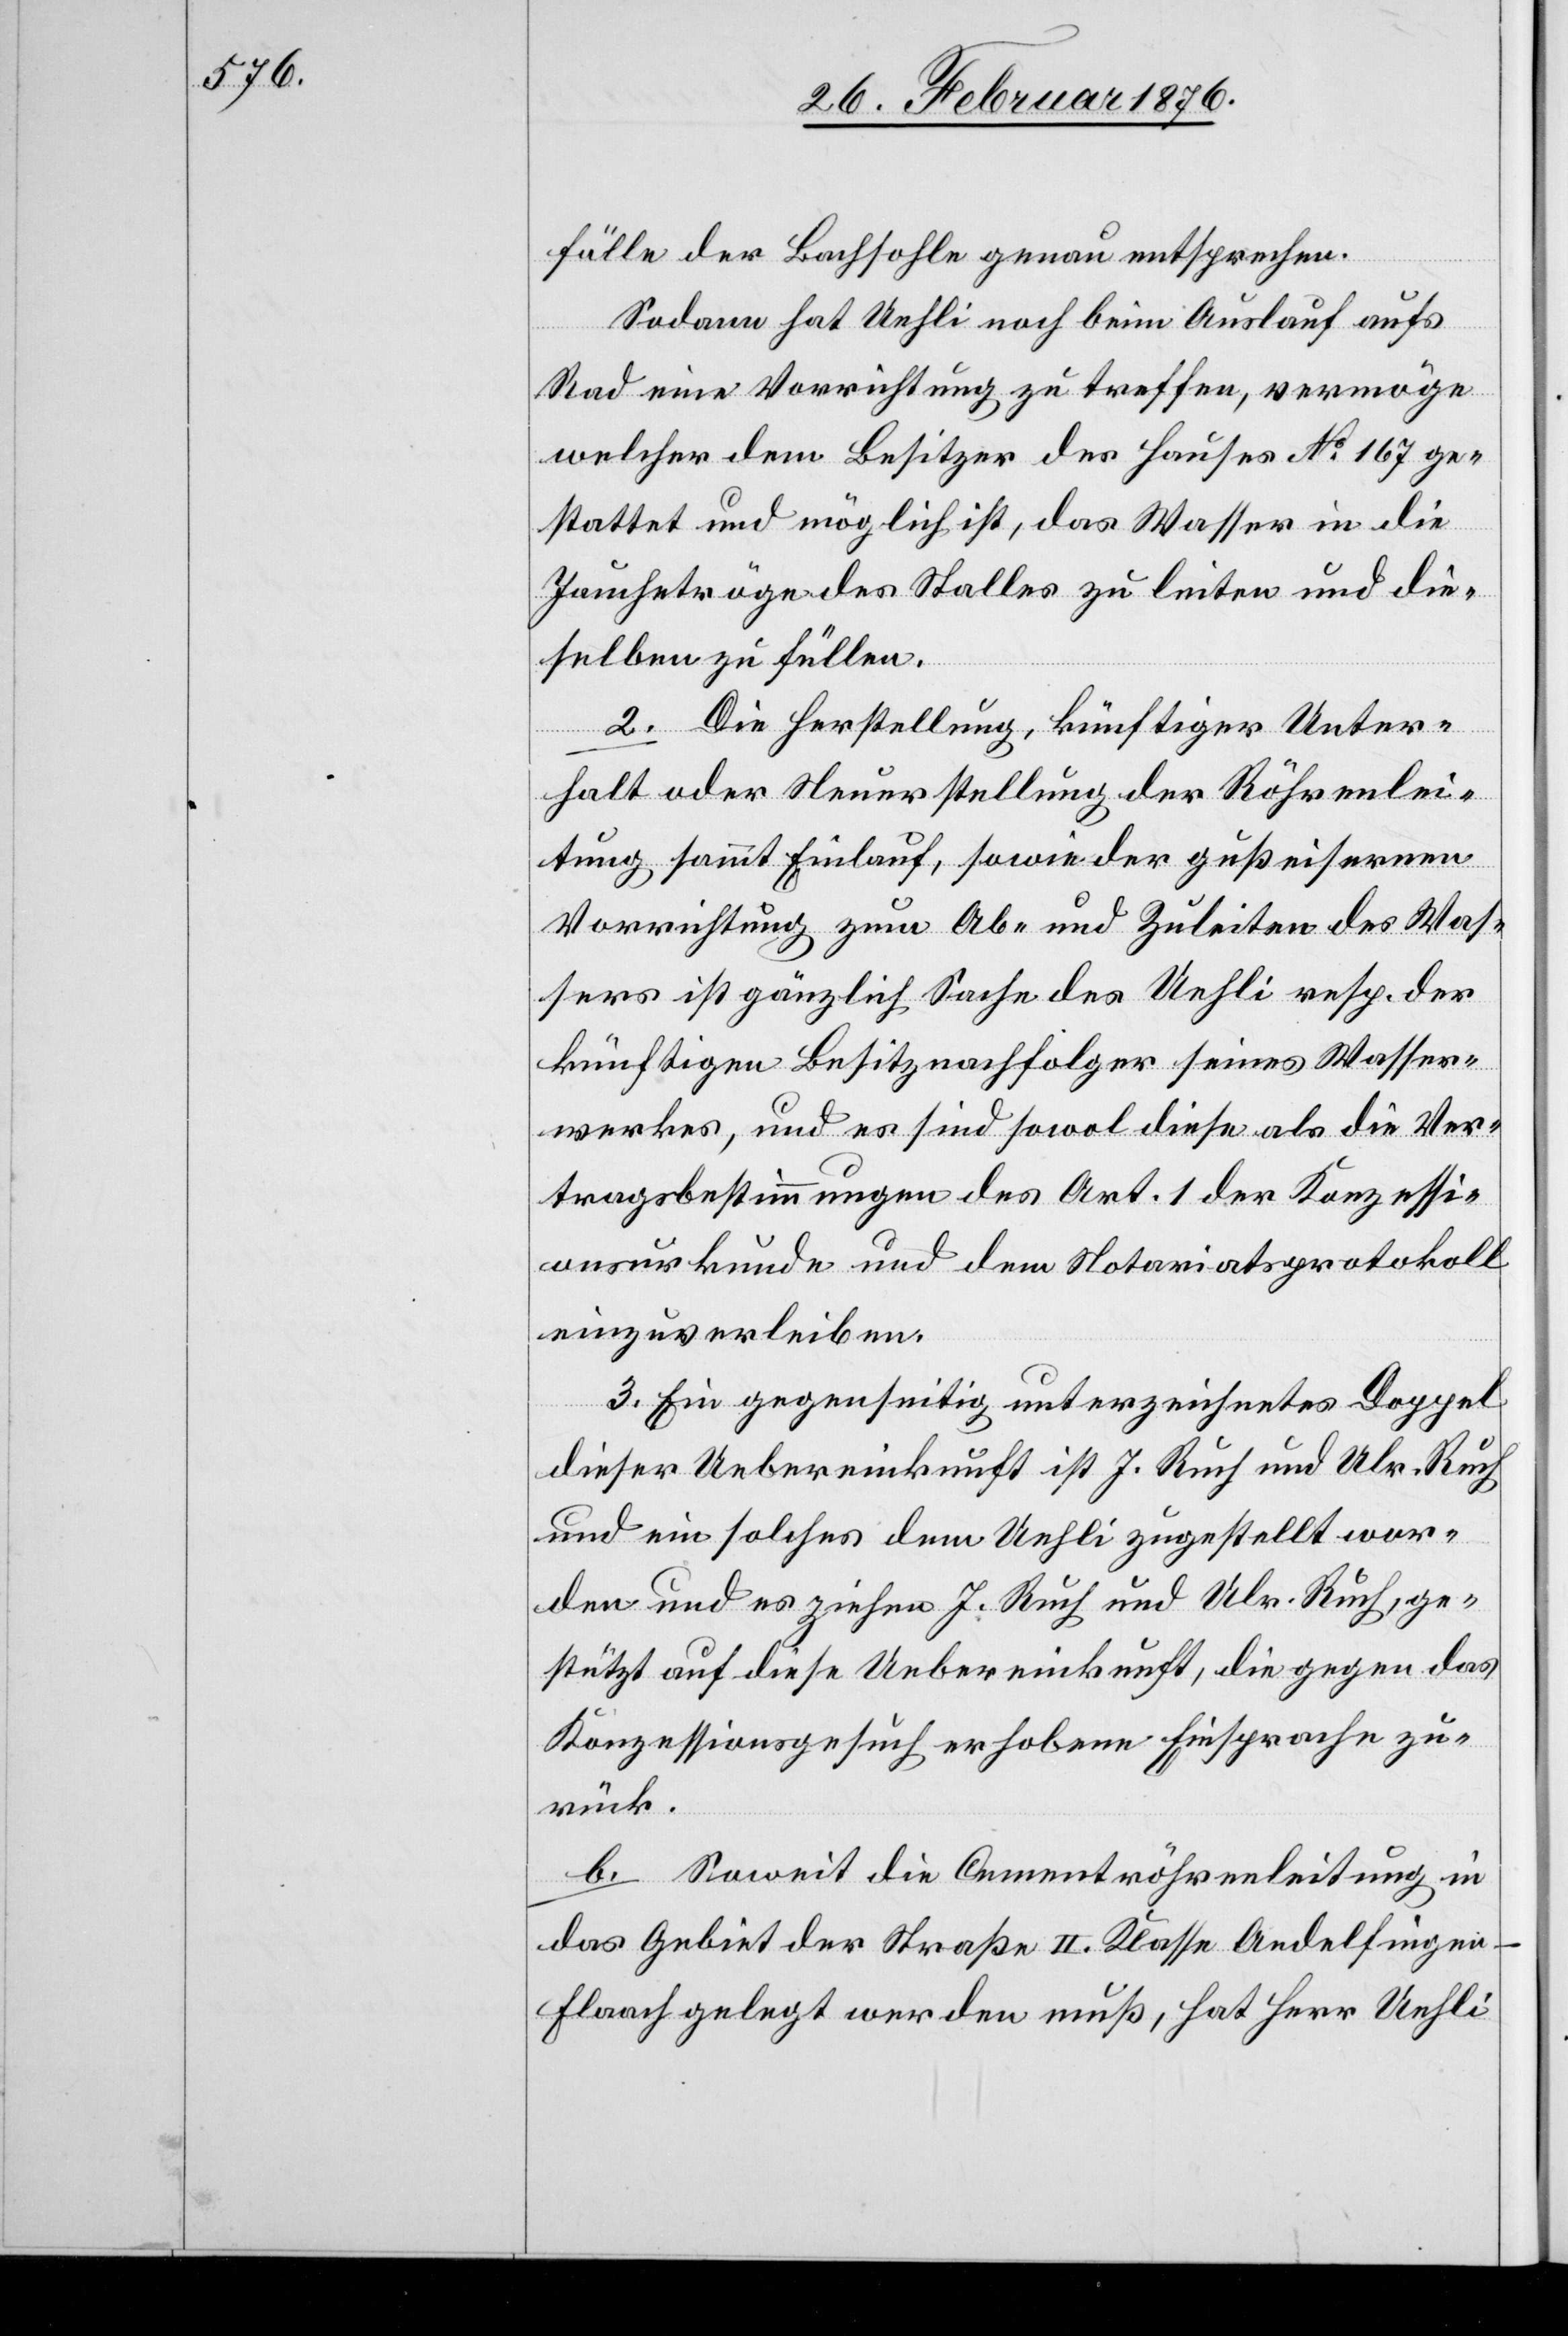
fälle der Bachsohle genau entsprechen.
Sodann hat Uehli noch beim Auslauf aufs
Rad eine Vorrichtung zu treffen, vermögen
welcher dem Besitzer des Hauses No 167 ge¬
stattet und möglich ist, das Wasser in die
Jauchetröge des Stalles zu leiten und die¬
selben zu füllen.
2. Die Herstellung, künftiger Unter¬
halt oder Neuerstellung der Röhrenlei¬
tung sammt Einlauf, sowie der gußeisernen
Vorrichtung zum Ab- und Zuleiten des Was¬
sers ist gänzlich Sache des Uehli resp. der
künftigen Besitznachfolger seines Wasser¬
werkes, und es sind sowol diese als die Ver¬
tragsbestimmungen des Art. 1 der Konzessi¬
onsurkunde und dem Notariatsprotokoll
einzuverleiben.
3. Ein gegenseitig unterzeichnetes Doppel
dieser Uebereinkunft ist J. Ruch und Ulr. Ruch
und ein solcher dem Uehli zugestellt wor¬
den und es ziehen J. Ruch und Ulr. Ruch, ge¬
stützt auf diese Uebereinkunft, die gegen das
Konzessionsgesuch erhobene Einsprache zu¬
rück.
b. Soweit die Cementröhrenleitung in
das Gebiet der Straße II. Klasse Andelfinge¬
n-Flaach gelegt werden muß, hat Herr Uehli